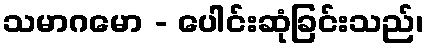
သမာဂမော - ပေါင်းဆုံခြင်းသည်၊